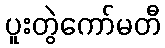
ပူးတွဲကော်မတီ